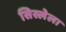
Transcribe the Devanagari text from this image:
सिस्लेला